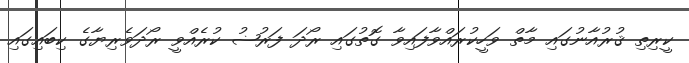
ކީރިތި ޤުރުއާނުގައި މާތް ވަހީކުރައްވާފައިވާ ގޮތުގައި ރޯދަ ފަރުޟު ކުރެއްވީ ރޯދަވެރިޔާގެ ކިބައިގައި